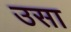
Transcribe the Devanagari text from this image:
उसा